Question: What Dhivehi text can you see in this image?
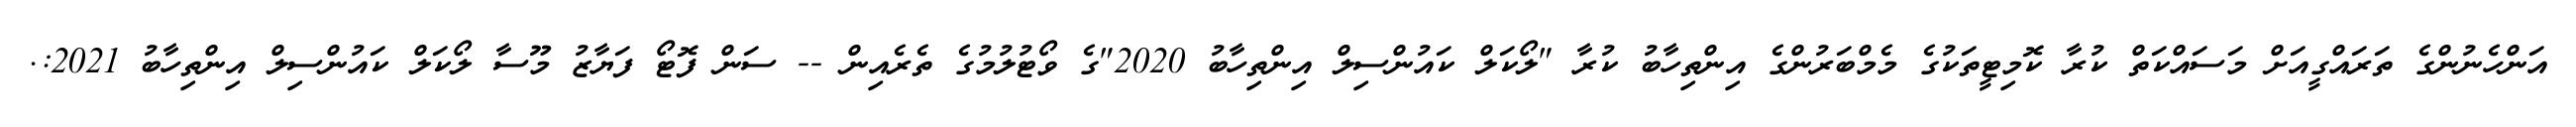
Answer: އަންހެނުންގެ ތަރައްގީއަށް މަސައްކަތް ކުރާ ކޮމިޓީތަކުގެ މެމްބަރުންގެ އިންތިހާބު ކުރާ "ލޯކަލް ކައުންސިލް އިންތިހާބު 2020"ގެ ވޯޓުލުމުގެ ތެރެއިން -- ސަން ފޮޓޯ ފަޔާޒު މޫސާ ލޯކަލް ކައުންސިލް އިންތިހާބު 2021:.